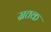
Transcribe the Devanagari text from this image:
म्रतक